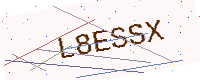
Text: L8ESSX